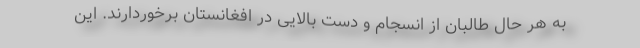
به هر حال طالبان از انسجام و دست بالایی در افغانستان برخوردارند. این